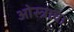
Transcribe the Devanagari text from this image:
ओस्त्रावा